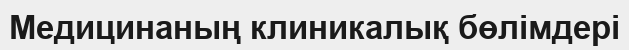
Медицинаның клиникалық бөлімдері